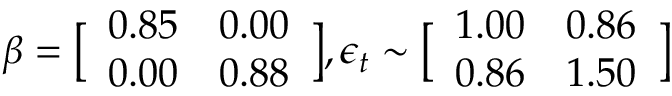
\displaystyle \boldsymbol { \beta } = \bigl [ \begin{array} { l l } { 0 . 8 5 } & { 0 . 0 0 } \\ { 0 . 0 0 } & { 0 . 8 8 } \end{array} \bigr ] , \boldsymbol { \epsilon } _ { t } \sim \bigl [ \begin{array} { l l } { 1 . 0 0 } & { 0 . 8 6 } \\ { 0 . 8 6 } & { 1 . 5 0 } \end{array} \bigr ]